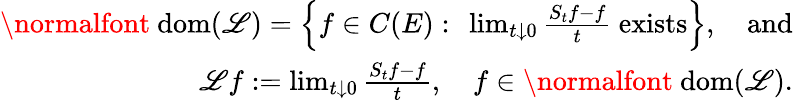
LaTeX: \begin{array}{r}{\mathrm{\normalfont~dom}(\mathscr{L})=\left\{ f\in C(E):\ \operatorname*{lim}_{t\downarrow 0}\frac{S_{t}f-f}{t}\ \mathrm{exists}\right\} ,\quad\mathrm{and}}\\ {\ \mathscr{L}f:=\operatorname*{lim}_{t\downarrow 0}\frac{S_{t}f-f}{t},\quad f\in\mathrm{\normalfont~dom}(\mathscr{L}).}\end{array}